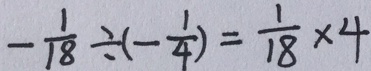
- \frac { 1 } { 1 8 } \div ( - \frac { 1 } { 4 } ) = \frac { 1 } { 1 8 } \times 4